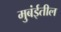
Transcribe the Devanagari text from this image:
मुबंईतील